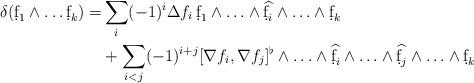
LaTeX: \begin{align*}\delta(\d f_1\wedge\ldots\d f_k)=&\sum_i(-1)^i\Delta f_i\,\d f_1\wedge\ldots \wedge\widehat{\d f_i} \wedge\ldots \wedge\d f_k\\&+\sum_{i<j}(-1)^{i+j}[\nabla f_i,\nabla f_j]^\flat\wedge\ldots\wedge \widehat{\d f_i}\wedge\ldots\wedge\widehat{\d f_j}\wedge\ldots\wedge\d f_k\end{align*}